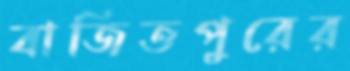
বাজিতপুরের